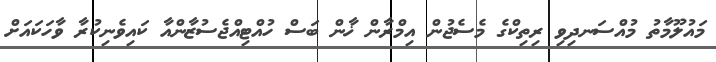
މައުލޫމާތު މުއްސަނދިވި ރިތިކްގެ މެސެޖުން އިމްރާން ޚާން ބަސް ހުއްޓިއްޖެސުޒާންއާ ކައިވެނިކުރާ ވާހަކައަށް